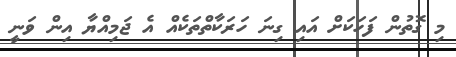
މި ގޮތުން ފަހަކަށް އައި ގިނަ ހަރަކާތްތަކެއް އެ ޖަމިއްޔާ އިން ވަނީ